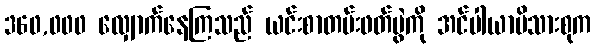
360,000 လျှောက်နေကြသည် ယင်းစာတမ်းဖတ်ပွဲကို အင်ပါယာမိသားစုက